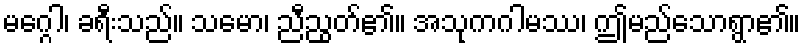
မဂ္ဂေါ၊ ခရီးသည်။ သမော၊ ညီညွတ်၏။ အသုကဂါမဿ၊ ဤမည်သောရွာ၏။